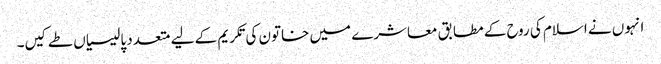
انہوں نے اسلام کی روح کے مطابق معاشرے میں خاتون کی تکریم کے لیے متعدد پالیسیاں طے کیں۔